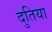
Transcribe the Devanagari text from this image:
दुतिया